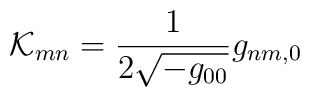
{\cal K}_{mn} = \frac{1}{2\sqrt{-g_{00}}} g_{nm,0}